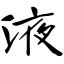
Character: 液